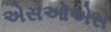
એસઓએસ